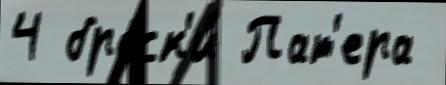
4 броск'и́ Пат'ера